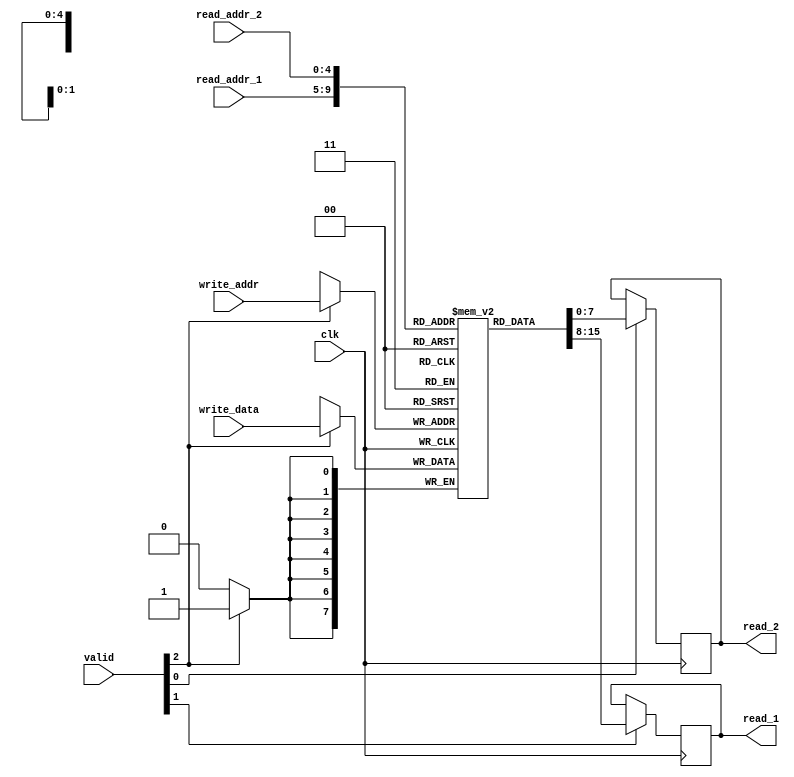
// Module for Register File
module register_file(clk, valid, read_addr_1, read_addr_2, write_addr, write_data, read_1, read_2);

input clk;										// Clock
input [2:0] valid;        						// Indicator for which read/write operation to perform
input [4:0] read_addr_1;						// 5 bit 1st source register address
input [4:0] read_addr_2;						// 5 bit 2nd source register address
input [4:0] write_addr;							// 5 bit destination register address
input [7:0] write_data;							// 8 bit data to write in a register
output reg [7:0] read_1;						// 8 bit data read from the 1st register
output reg [7:0] read_2;						// 8 bit data read from the 2nd register

reg [7:0] REGISTER[0:31]; 						//32 8-bit register file

wire read_valid_1,read_valid_2,write_valid;
assign write_valid = valid[2];
assign read_valid_1 = valid[1];
assign read_valid_2 = valid[0];

initial											// Initialisation of register file
	begin
		REGISTER[0] = 8'b0; 
		REGISTER[1] = 8'b0; 
		REGISTER[2] = 8'b0; 
		REGISTER[3] = 8'b0; 
		REGISTER[4] = 8'b0; 
		REGISTER[5] = 8'b0; 
		REGISTER[6] = 8'b0; 
		REGISTER[7] = 8'b0; 
		REGISTER[8] = 8'b0; 
		REGISTER[9] = 8'b0; 
		REGISTER[10] = 8'b0; 
		REGISTER[11] = 8'b0; 
		REGISTER[12] = 8'b0; 
		REGISTER[13] = 8'b0; 
		REGISTER[14] = 8'b0; 
		REGISTER[15] = 8'b0; 
		REGISTER[16] = 8'b0; 
		REGISTER[17] = 8'b0; 
		REGISTER[18] = 8'b0; 
		REGISTER[19] = 8'b0; 
		REGISTER[20] = 8'b0; 
		REGISTER[21] = 8'b0; 
		REGISTER[22] = 8'b0; 
		REGISTER[23] = 8'b0; 
		REGISTER[24] = 8'b0; 
		REGISTER[25] = 8'b0; 
		REGISTER[26] = 8'b0; 
		REGISTER[27] = 8'b0; 
		REGISTER[28] = 8'b0; 
		REGISTER[29] = 8'b0; 
		REGISTER[30] = 8'b0; 
		REGISTER[31] = 8'b0; 
	end

	always @(posedge clk)
		begin
			if(write_valid == 1) begin
				REGISTER[write_addr] <= write_data;
			end
			if(read_valid_1 == 1) begin
				read_1 <= REGISTER[read_addr_1];
			end
			if(read_valid_2 == 1) begin
				read_2 <= REGISTER[read_addr_2];
			end
		end

endmodule